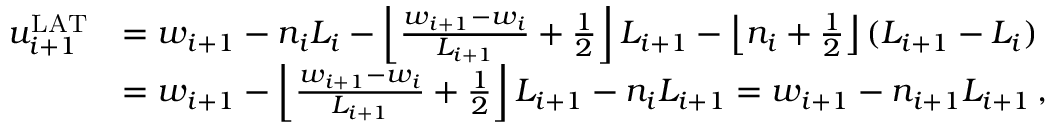
\begin{array} { r l } { u _ { i + 1 } ^ { \mathrm { L A T } } } & { = w _ { i + 1 } - n _ { i } L _ { i } - \left\lfloor \frac { w _ { i + 1 } - w _ { i } } { L _ { i + 1 } } + \frac { 1 } { 2 } \right\rfloor L _ { i + 1 } - \left\lfloor n _ { i } + \frac { 1 } { 2 } \right\rfloor ( L _ { i + 1 } - L _ { i } ) } \\ & { = w _ { i + 1 } - \left\lfloor \frac { w _ { i + 1 } - w _ { i } } { L _ { i + 1 } } + \frac { 1 } { 2 } \right\rfloor L _ { i + 1 } - n _ { i } L _ { i + 1 } = w _ { i + 1 } - n _ { i + 1 } L _ { i + 1 } \, , } \end{array}